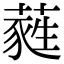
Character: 蕤